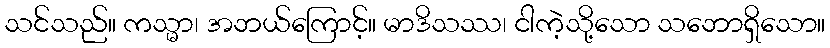
သင်သည်။ ကသ္မာ၊ အဘယ်ကြောင့်။ မာဒိသဿ၊ ငါကဲ့သို့သော သဘောရှိသော။